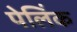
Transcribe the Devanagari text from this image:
पेलिंक